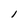
Character: l